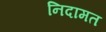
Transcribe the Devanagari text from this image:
निदामत